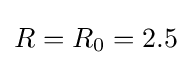
R=R_{0}=2.5